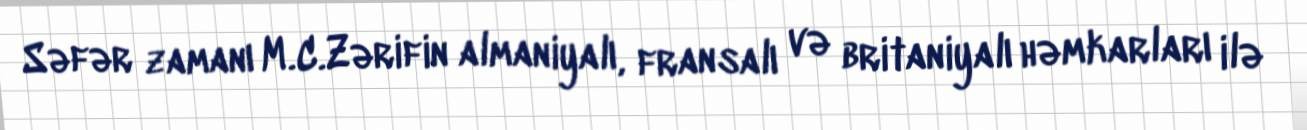
Səfər zamanı M.C.Zərifin almaniyalı, fransalı və britaniyalı həmkarları ilə